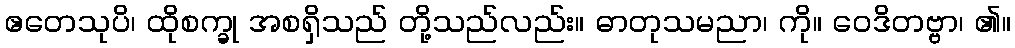
ဧတေသုပိ၊ ထိုစက္ခု အစရှိသည် တို့သည်လည်း။ ဓာတုသမညာ၊ ကို။ ဝေဒိတဗ္ဗာ၊ ၏။